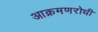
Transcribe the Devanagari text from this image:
आक्रमणरोधी